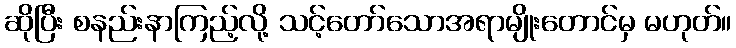
ဆိုပြီး စနည်းနာကြည့်လို့ သင့်တော်သောအရာမျိုးတောင်မှ မဟုတ်။